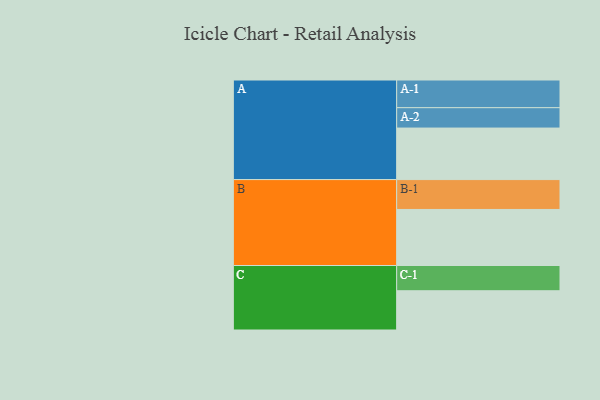
{"axis": {"x": "Segment", "y": "Value"}, "legend": ["", "A", "B", "C"], "data": [{"x": "A", "y": 445, "type": ""}, {"x": "B", "y": 484, "type": ""}, {"x": "C", "y": 339, "type": ""}, {"x": "A-1", "y": 239, "type": "A"}, {"x": "A-2", "y": 176, "type": "A"}, {"x": "B-1", "y": 258, "type": "B"}, {"x": "C-1", "y": 218, "type": "C"}]}